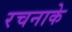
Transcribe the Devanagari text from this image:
रचनाके